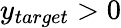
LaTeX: y_{target}>0